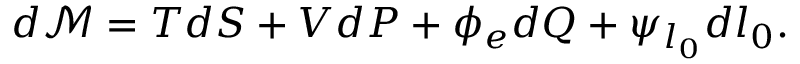
\begin{array} { r } { d \mathcal { M } = T d S + V d P + \phi _ { e } d Q + \psi _ { l _ { 0 } } d l _ { 0 } . } \end{array}